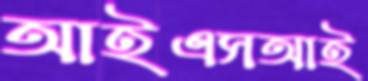
আইএসআই